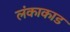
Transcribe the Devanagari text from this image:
लंकाकाड